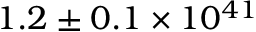
1 . 2 \pm { 0 . 1 } \times 1 0 ^ { 4 1 }